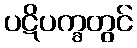
ပဋိပက္ခတွင်